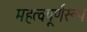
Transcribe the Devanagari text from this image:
महत्वपूर्णरूप